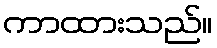
ကာထားသည်။